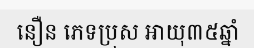
នឿន ភេទប្រុស អាយុ៣៥ឆ្នាំ